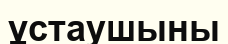
ұстаушыны